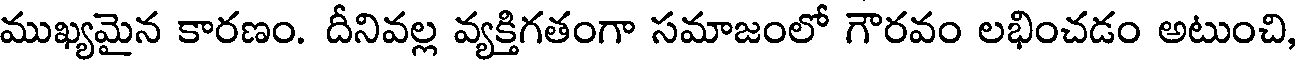
ముఖ్యమైన కారణం. దీనివల్ల వ్యక్తిగతంగా సమాజంలో గౌరవం లభించడం అటుంచి